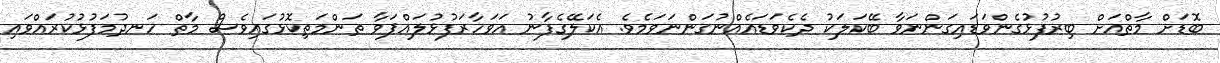
ބޮޑަށް މާތްއަށް ބިރުފުޅުގެންވަޑައިގަންނަވާ ބޭކަލަކު ދެކެވަޑައެއްނުގަންނަވަމެވެ. އެކަލޭގެފާނު އަވަހާރަފުޅުލައްޕަވާ ތަންމަތިކޮޅުގައިވެސް މާތް ހަނދުމަފުޅުކުރައްވައި